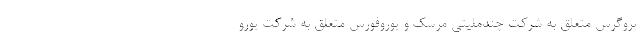
پروگرس متعلق به شرکت چندملیتی مرسک و یوروفورس متعلق به شرکت یورو